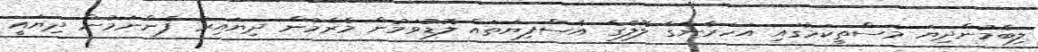
ލިބެމުންދިޔަ މަސްތީކަމުގައި އަހަރެންގެ ލޮލުގެ އެސްފިޔަތައް ލޮޑުވަމުން މެރެމުން ދިޔައިރު ފެންނަމުން ދިޔައީ